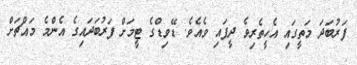
ފަރުބަދަ މަތީގައި އެހީތެރިވެ ދީފައި ވެއެވެ. ޑޭވިޑްގެ ޓީމަށް ފަރުބަދައިގެ އެންމެ މައްޗަށް